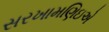
સરખામણિઇએ